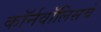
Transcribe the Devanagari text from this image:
कॉर्नवॉलिसचे